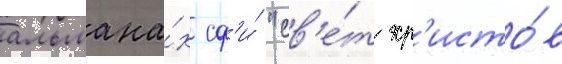
альмана́х сф'и́ "св'е́т хр'исто́в